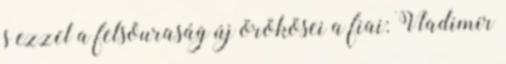
s ezzel a felsőuraság új örökösei a fiai: Vladimir